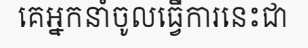
គេអ្នកនាំចូលធ្វើការនេះជា